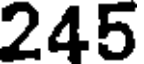
245